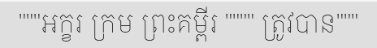
"""អក្ខរ ក្រម ព្រះគម្ពីរ """" ត្រូវបាន"""